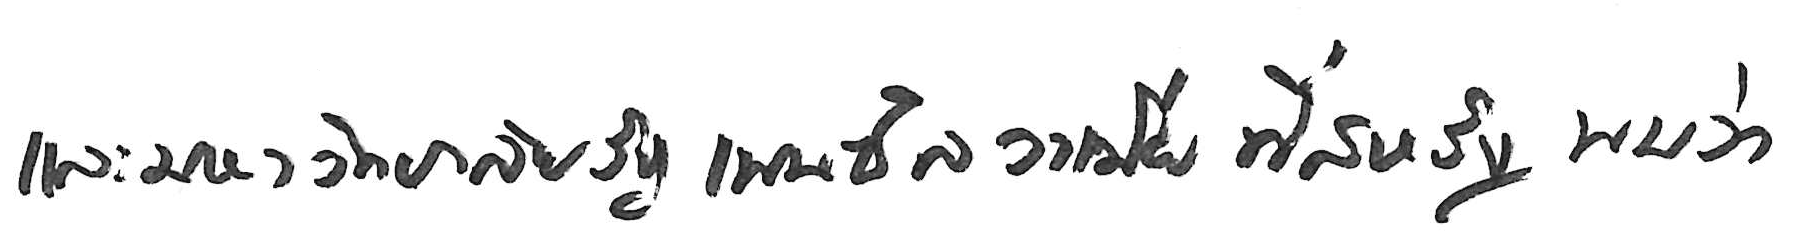
และมหาวิทยาลัยรัฐเพนซิลวาเนีย ที่สหรัฐ พบว่า